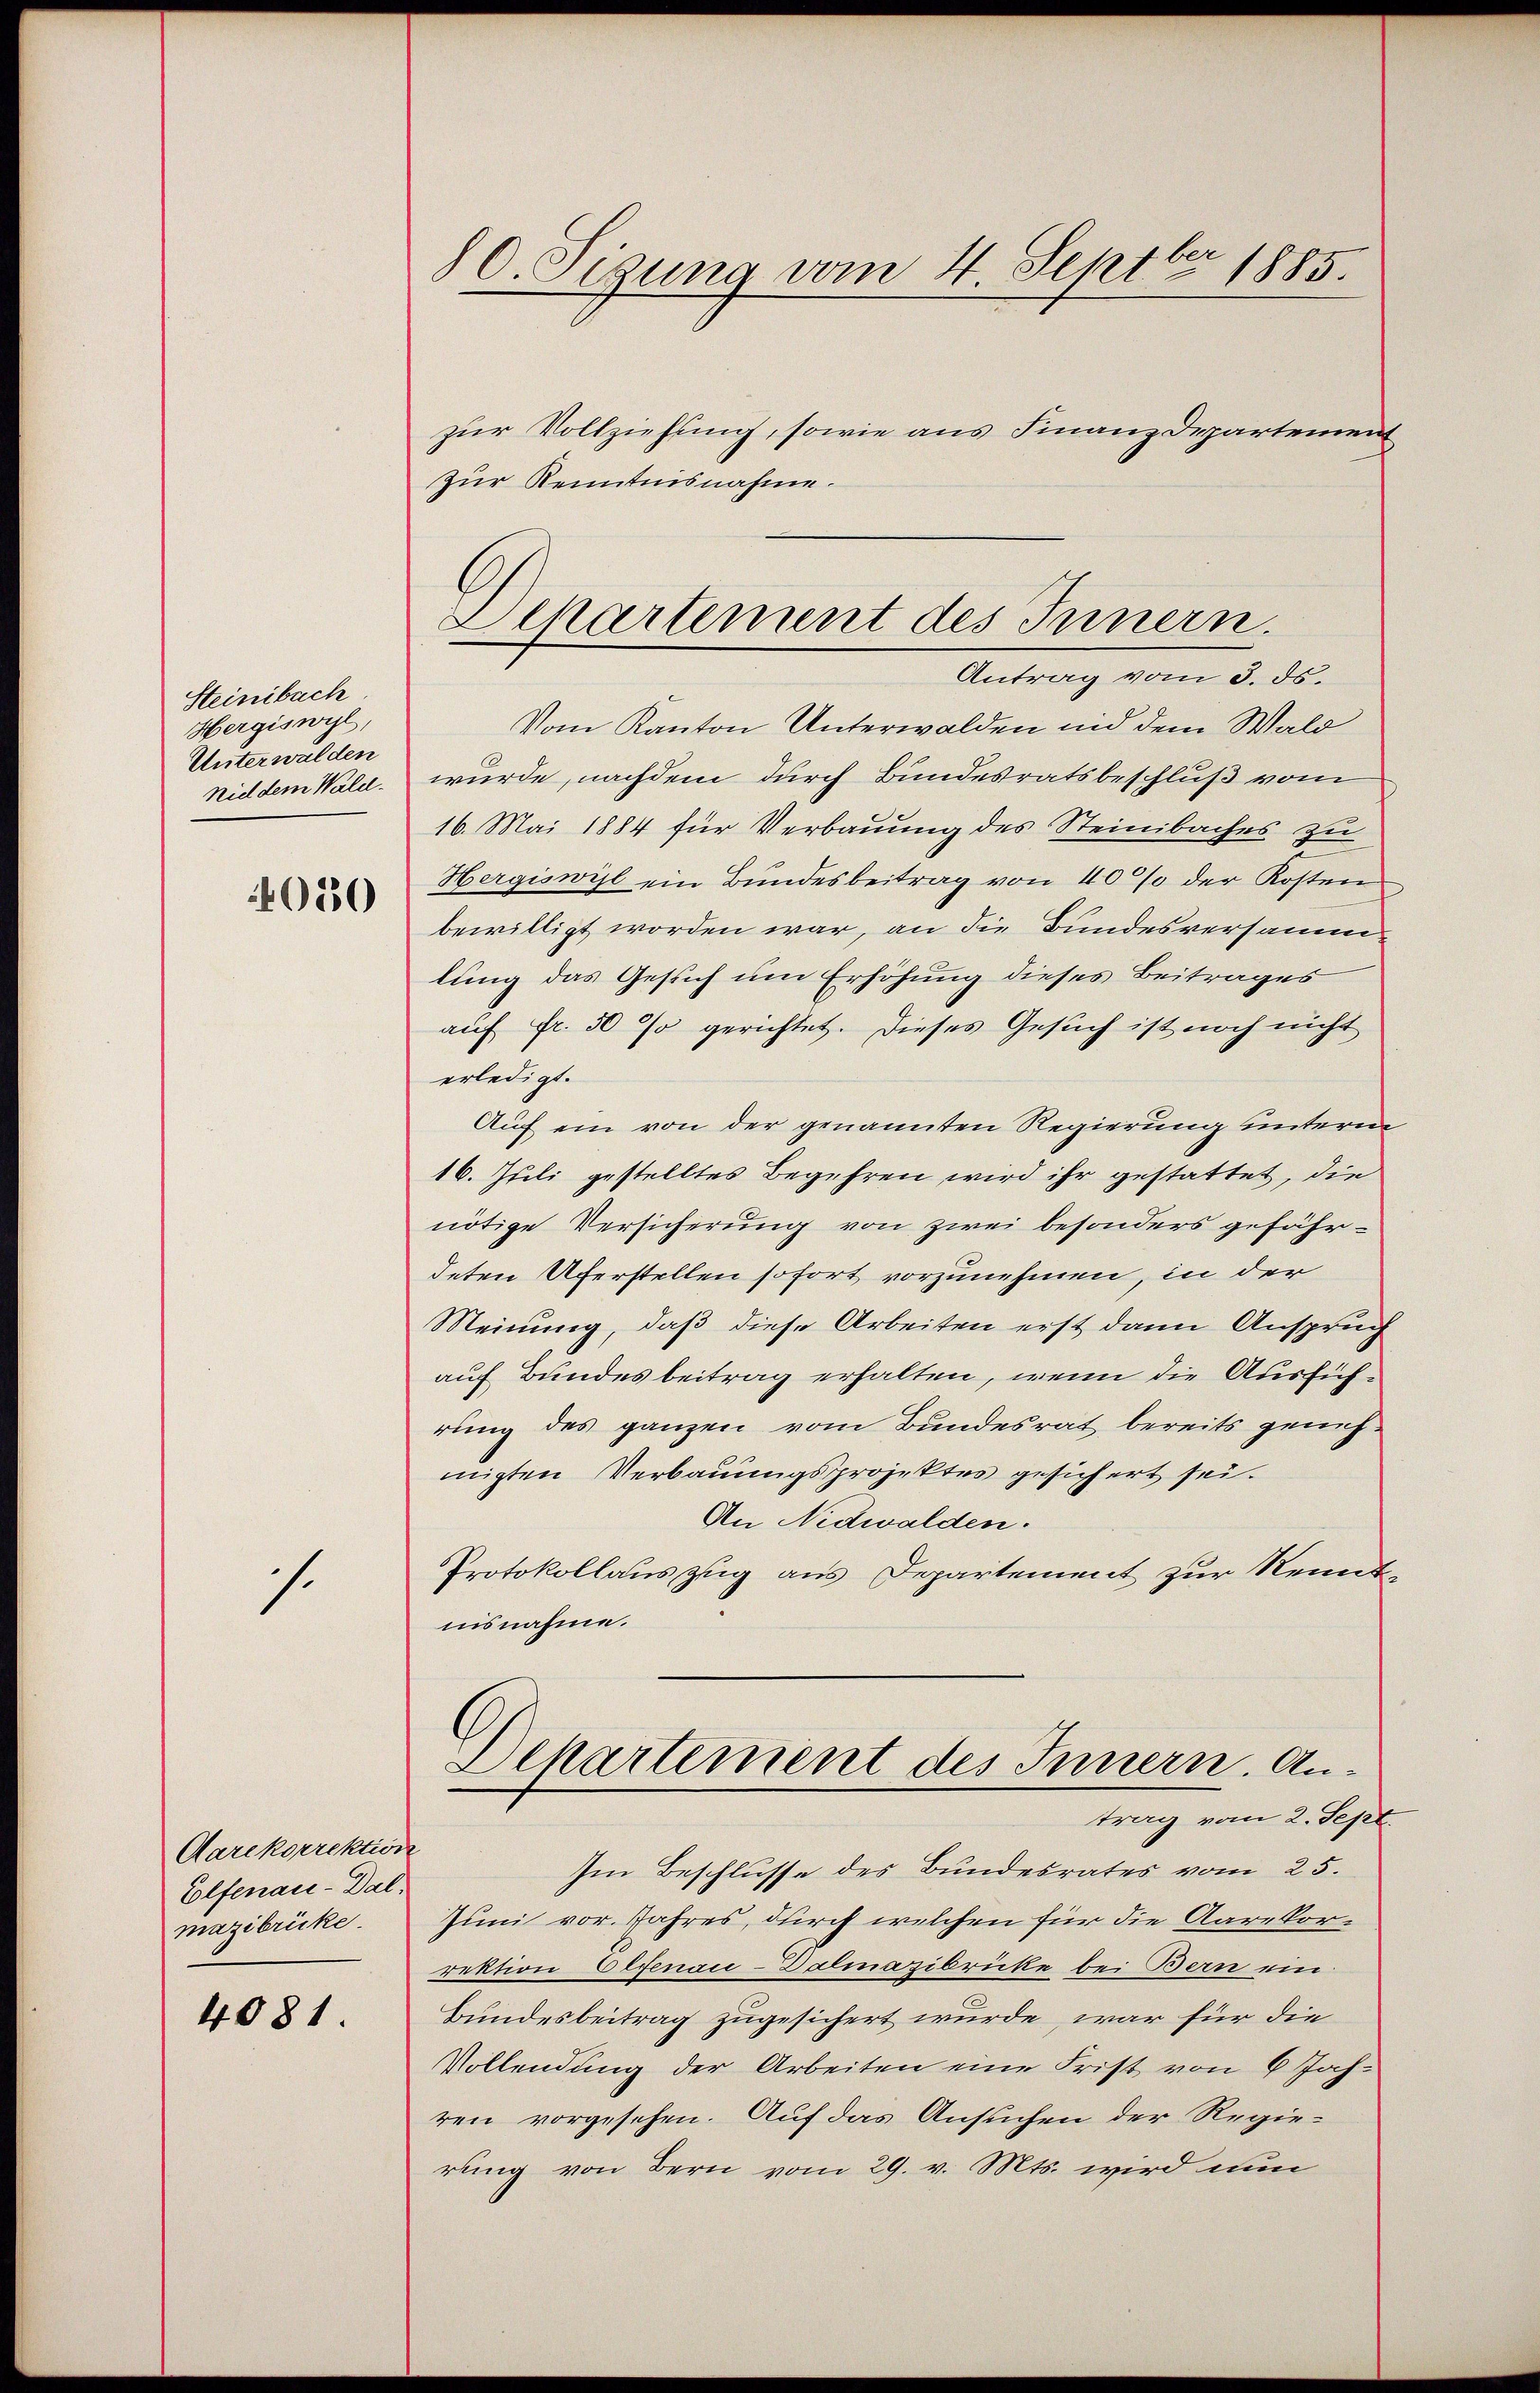
Steinbach
Hergiswyl,
Unterwalden
nid dem Wald.

080

s.

Aarekorrektion
Elfenau-Dalmazibricke.
4081.

80. Sigung vom 4. Septbr 1885.

zur Vollziehung, sowie aus Finanzdepartement
Zur Kenntnisnahme.
Antrag vom 3. ds.
Vom Kanton Unterwalden und dem Wald
wurde, nachdem durch Bundesratsbeschluß vom
16. Mai 1884 für Verbauung des Steinbaches zu
Hergiswil ein Bundesbeitrag von 40% der Kosten
bewilligt worden war, an die Bundesversammlung das Gesuch um Erhöhung dieses Beitrages
auf fr. 50 so gerichtet. Dieses Gesuch ist noch nicht
erledigt.
Auf ein von der genannten Regierung unterm
16. Juli gestelltes Begehren wird ihr gestattet, die
nötige Versicherung von zwei besonders gefährdeten Uferstellen sofort vorzunehmen, in der
Meinung, daß diese Arbeiten erst dann Anspruch
auf Bundesbeitrag erhalten, wenn die Ausführung des ganzen vom Bundesrat bereits genehmigten Verbauungsprojektes gesichert sei.
An Nidwalden.
Protokollauszug aus Departement zur Kenntnisnahme.

Departement des Innern.

Dekartement des Innern. Antrag vom 2. Sept.

Im Beschlusse des Bundesrates vom 25.
Juni vor. Jahres, durch welchen für die Aarekorrektion Elfenau-Dalmazibrücke bei Bern ein
Bundesbeitrag zugesichert wurde, war für die
Vollendung der Arbeiten eine Frist von 6 Jahren vorgesehen. Auf das Ansuchen der Regierung von Bern vom 29. v. Mts. wird nun